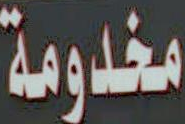
مخدومة